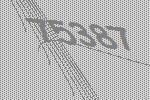
75387